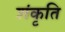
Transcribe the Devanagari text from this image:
शंकृति